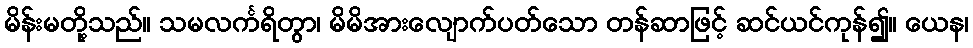
မိန်းမတို့သည်။ သမလင်္ကရိတွာ၊ မိမိအားလျောက်ပတ်သော တန်ဆာဖြင့် ဆင်ယင်ကုန်၍။ ယေန၊